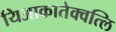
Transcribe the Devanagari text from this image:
यिआकातेक्वत्लि